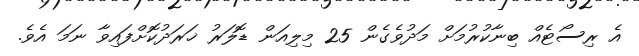
އެ ރިސޯޓެއް ބިނާކުރުމަށް މަދުވެގެން 25 މިލިއަން ޑޮލަރު ޚަރަދުކޮށްފައިވާ ނަމަ އެވެ.